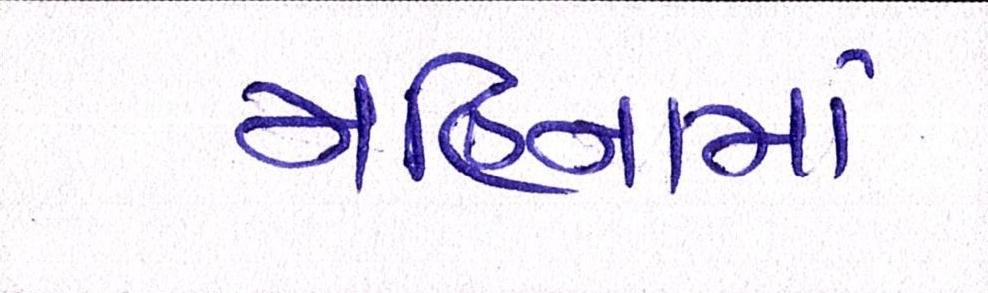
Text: મહિનામાં